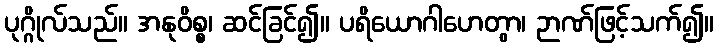
ပုဂ္ဂိုလ်သည်။ အနုဝိစ္စ၊ ဆင်ခြင်၍။ ပရိယောဂါဟေတွာ၊ ဉာဏ်ဖြင့်သက်၍။